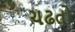
ચઢતો